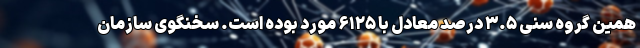
همین گروه سنی ۳.۵ درصد معادل با ۶۱۲۵ مورد بوده است. سخنگوی سازمان